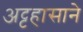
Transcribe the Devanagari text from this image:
अट्टहासाने